Lunatic asylums Central Provinces reports 1886-1894 - 1886-1894
Year: 1886
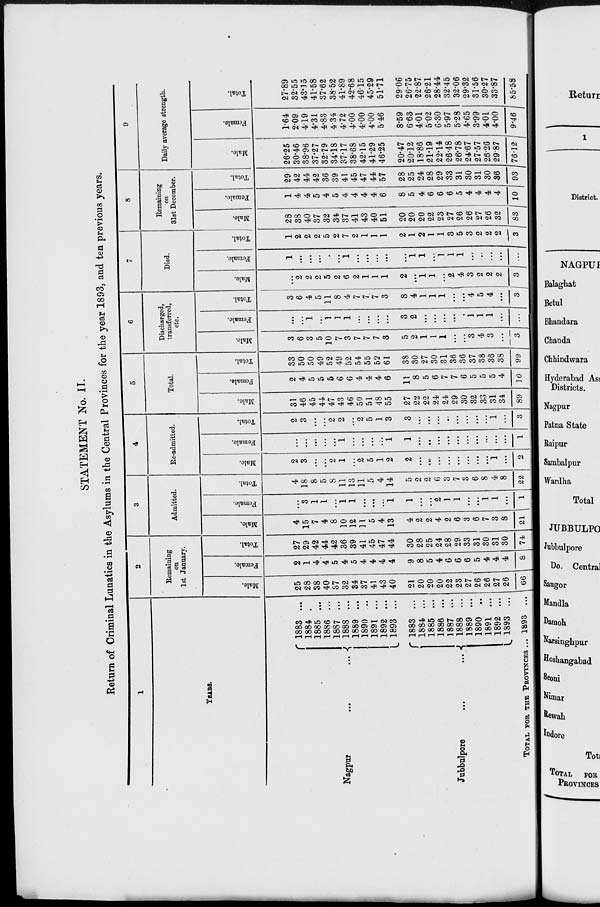
STATEMENT No. II.
Return of Criminal Lunatics in the Asylums in the Central Provinces for the year 1893, and ten previous years.
1
YEARS.
Nagpur ... ...
Jubbulpore
...
...
TOTAL FOR THE PROVINCES ...
1883 ...
1884 ...
1885 ...
1886 ...
1887 ...
1888 ...
1889 ...
1890 ...
1891 ...
1892 ...
1893 ...
1883 ...
1884 ...
1885 ...
1886 ...
1887 ...
1888 ...
1889 ...
1890 ...
1891 ...
1892 ...
1893 ...
1893
...
2
Remaining
on
1st January.
Male.
25
28
38
40
37
32
34
37
41
43
40
21
20
20
20
22
23
27
26
26
27
26
66
Female.
2
1
4
4
5
4
5
4
4
4
4
9
8
5
4
6
6
6
5
4
4
4
8
Total.
27
29
42
44
42
36
39
41
45
47
44
30
28
25
24
28
29
33
31
30
31
30
74
3
Admitted.
Male.
4
15
7
4
8
10
12
11
5
4
13
4
2
2
4
2
6
3
6
7
3
8
21
Female.
...
3
1
1
...
1
1
...
...
...
1
1
...
...
2
1
1
...
...
1
1
...
1
Total.
4
18
8
5
8
11
13
11
5
4
14
5
2
2
6
3
7
3
6
8
4
8
22
4
Re-admitted.
Male.
2
3
...
...
2
1
...
2
5
1
2
2
...
...
...
...
...
...
...
...
1
...
2
Female.
...
...
...
...
...
1
...
...
...
...
1
1
...
...
...
...
...
...
...
...
...
...
1
Total.
2
3
...
...
2
2
...
2
5
1
3
3
...
...
...
...
...
...
...
...
1
...
3
5
Total.
Male.
31
46
45
44
47
43
46
50
51
48
55
27
22
22
24
24
29
30
32
33
31
34
89
Female.
2
4
5
5
5
6
6
4
4
4
6
11
8
5
6
7
7
6
5
5
5
4
10
Total.
33
50
50
49
52
49
52
54
55
52
61
38
30
27
30
31
36
36
37
38
36
38
99
6
Discharged,
transferred,
etc.
Male.
3
6
3
5
10
7
3
7
7
7
3
5
2
1
1
1
...
...
3
4
3
...
3
Female.
...
...
1
...
1
1
1
...
...
...
...
3
2
...
...
...
...
...
1
1
1
...
...
Total.
3
6
4
5
11
8
4
7
7
7
3
8
4
1
1
1
...
...
4
5
4
...
3
7
Died.
Male.
...
2
2
2
5
2
6
2
1
1
1
2
...
1
1
...
2
4
3
2
2
2
3
Female.
1
...
...
...
...
...
1
...
...
...
...
...
1
1
...
1
1
1
...
...
...
...
...
Total.
1
2
2
2
5
2
7
2
1
1
1
2
1
2
1
1
3
5
3
2
2
2
3
8
Remaining
on
31st December.
Male.
28
38
40
37
32
34
37
41
43
40
51
20
20
20
22
23
27
26
26
27
26
32
83
Female.
1
4
4
5
4
5
4
4
4
4
6
8
5
4
6
6
6
5
4
4
4
4
10
Total.
29
42
44
42
36
39
41
45
47
44
57
28
25
24
28
29
33
31
30
31
30
36
93
9
Daily average strength.
Male.
26.25
30.46
38.96
37.27
32.79
34.18
37.17
38.68
42.15
41.29
46.25
20.47
20.12
18.86
21.19
22.14
26.48
26.78
24.67
27.57
26.26
29.87
76.12
Female.
1.64
2.09
4.19
4.31
4.83
4.34
4.72
4.00
4.00
4.00
5.46
8.59
6.63
4.01
5.02
6.30
5.97
5.28
4.65
3.99
4.01
4.00
9.46
Total.
27.89
32.55
43.15
41.58
37.62
38.52
41.89
42.68
46.15
45.29
51.71
29.06
26.75
22.87
26.21
28.44
32.45
32.06
29.32
31.56
30.27
33.87
85.58